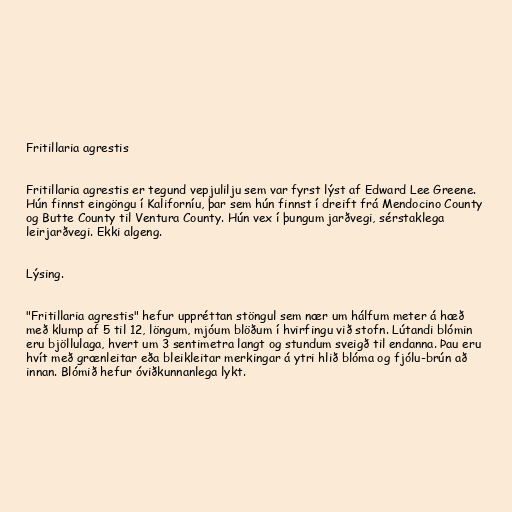
Fritillaria agrestis

Fritillaria agrestis er tegund vepjulilju sem var fyrst lýst af Edward Lee Greene.
Hún finnst eingöngu í Kaliforníu, þar sem hún finnst í dreift frá Mendocino County
og Butte County til Ventura County. Hún vex í þungum jarðvegi, sérstaklega
leirjarðvegi. Ekki algeng.

Lýsing.

"Fritillaria agrestis" hefur uppréttan stöngul sem nær um hálfum meter á hæð
með klump af 5 til 12, löngum, mjóum blöðum í hvirfingu við stofn. Lútandi blómin
eru bjöllulaga, hvert um 3 sentimetra langt og stundum sveigð til endanna. Þau eru
hvít með grænleitar eða bleikleitar merkingar á ytri hlið blóma og fjólu-brún að
innan. Blómið hefur óviðkunnanlega lykt.